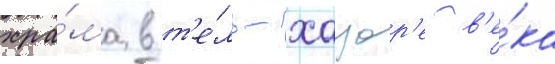
хра́ма в т'е́ль-хацор'е в'е́ка